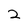
Character: 2